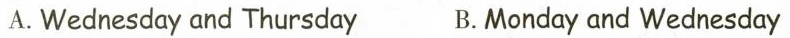
A.Wednesday and Thursday B.Monday and Wednesday